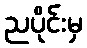
ညပိုင်းမှ